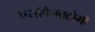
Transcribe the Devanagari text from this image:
एसोफैग्क्टोमी